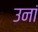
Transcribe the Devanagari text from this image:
उनां